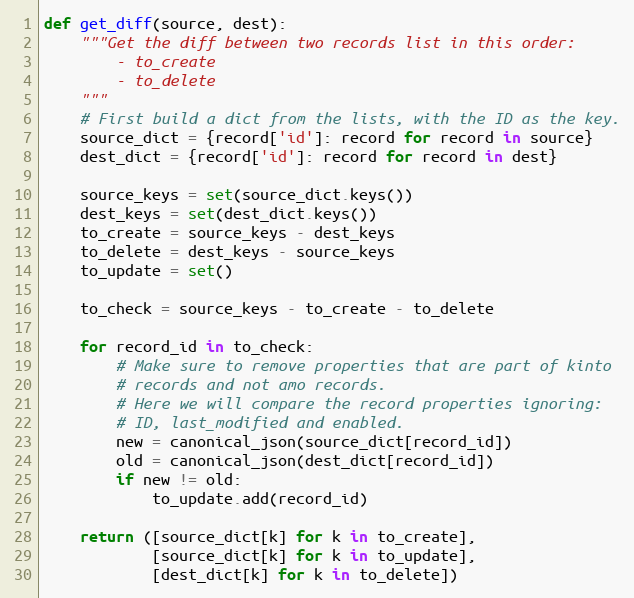
Language: Python
def get_diff(source, dest):
    """Get the diff between two records list in this order:
        - to_create
        - to_delete
    """
    # First build a dict from the lists, with the ID as the key.
    source_dict = {record['id']: record for record in source}
    dest_dict = {record['id']: record for record in dest}

    source_keys = set(source_dict.keys())
    dest_keys = set(dest_dict.keys())
    to_create = source_keys - dest_keys
    to_delete = dest_keys - source_keys
    to_update = set()

    to_check = source_keys - to_create - to_delete

    for record_id in to_check:
        # Make sure to remove properties that are part of kinto
        # records and not amo records.
        # Here we will compare the record properties ignoring:
        # ID, last_modified and enabled.
        new = canonical_json(source_dict[record_id])
        old = canonical_json(dest_dict[record_id])
        if new != old:
            to_update.add(record_id)

    return ([source_dict[k] for k in to_create],
            [source_dict[k] for k in to_update],
            [dest_dict[k] for k in to_delete])